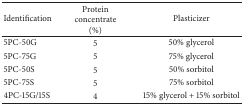
| Identification | Protein concentrate (%) | Plasticizer |
 | --- | --- | --- |
 | 5PC-50G | 5 | 50% glycerol |
 | 5PC-75G | 5 | 75% glycerol |
 | 5PC-50S | 5 | 50% sorbitol |
 | 5PC-75S | 5 | 75% sorbitol |
 | 4PC-15G/15S | 4 | 15% glycerol + 15% sorbitol |